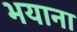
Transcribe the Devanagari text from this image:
भयाना